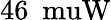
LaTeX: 46~\mathrm{\ muW}